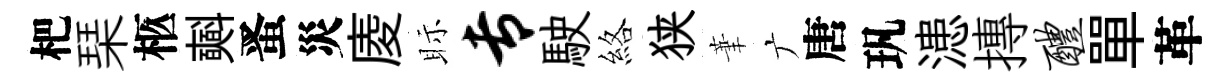
杷琹柩𣂏󱉠災庱眎专駛絡狭茟广唐㺬漶摶醴單革